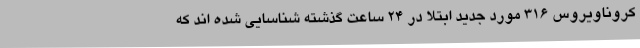
کروناویروس 316 مورد جدید ابتلا در 24 ساعت گذشته شناسایی شده اند که